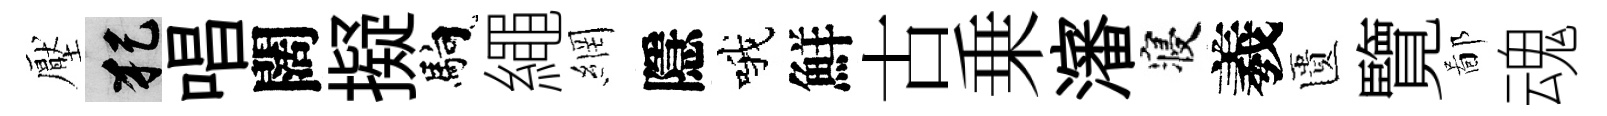
壓犯唱闊擬馿繩網隱哦鮮古乗瀋寝羲匱覽鄙魂